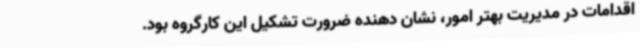
اقدامات در مدیریت بهتر امور، نشان دهنده ضرورت تشکیل این کارگروه بود.